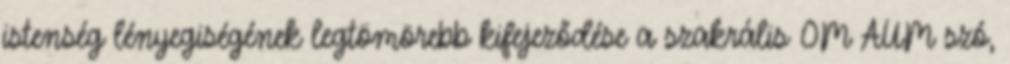
istenség lényegiségének legtömörebb kifejeződése a szakrális OM AUM szó,